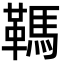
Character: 䩻